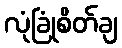
လုံခြုံစိတ်ချ